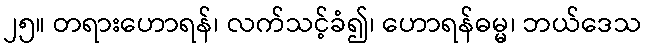
၂၅။ တရားဟောရန်၊ လက်သင့်ခံ၍၊ ဟောရန်ဓမ္မ၊ ဘယ်ဒေသ